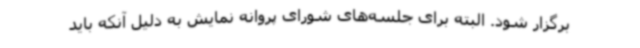
برگزار شود. البته برای جلسه‌های شورای پروانه نمایش به دلیل آنکه باید